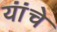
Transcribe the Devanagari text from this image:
यांंचे